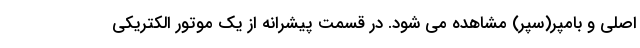
اصلی و بامپر(سپر) مشاهده می شود. در قسمت پیشرانه از یک موتور الکتریکی